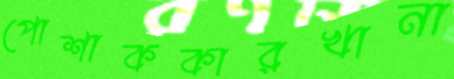
পোশাককারখানা